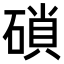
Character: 𥔭